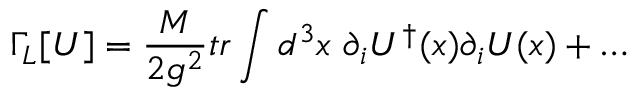
\Gamma _ { L } [ U ] = { \frac { M } { 2 g ^ { 2 } } } t r \int d ^ { 3 } x ~ \partial _ { i } U ^ { \dagger } ( x ) \partial _ { i } U ( x ) + \ldots